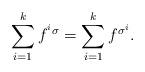
LaTeX: \begin{align*}\sum_{i=1}^k f^{{}^i\sigma} = \sum_{i=1}^k f^{\sigma^i}.\end{align*}